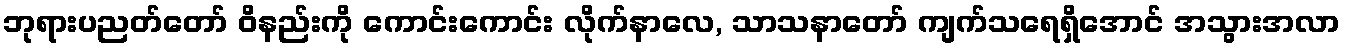
ဘုရားပညတ်တော် ဝိနည်းကို ကောင်းကောင်း လိုက်နာလေ, သာသနာတော် ကျက်သရေရှိအောင် အသွားအလာ